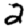
Digit: 2